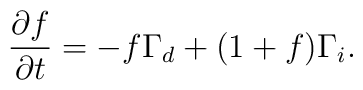
\frac{\partial f}{\partial t}= -f \Gamma_d + (1+f) \Gamma_i.